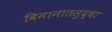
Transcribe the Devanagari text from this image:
विमानातसुद्धा